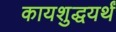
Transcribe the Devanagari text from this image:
कायशुद्धयर्थं